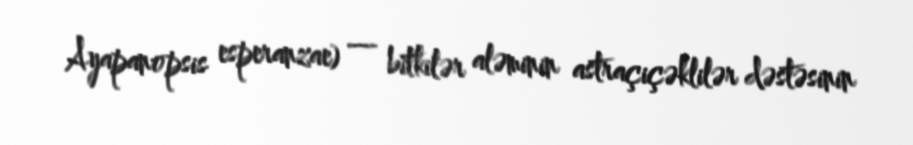
Ayapanopsis esperanzae) — bitkilər aləminin astraçiçəklilər dəstəsinin